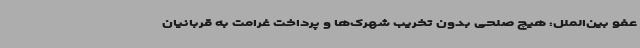
عفو بین‌الملل: هیچ صلحی بدون تخریب شهرک‌ها و پرداخت غرامت به قربانیان